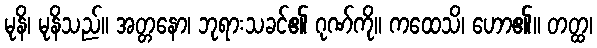
မုနိ၊ မုနိသည်။ အတ္တနော၊ ဘုရားသခင်၏ ဂုဏ်ကို။ ကထေသိ၊ ဟော၏။ တတ္ထ၊